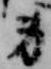
身